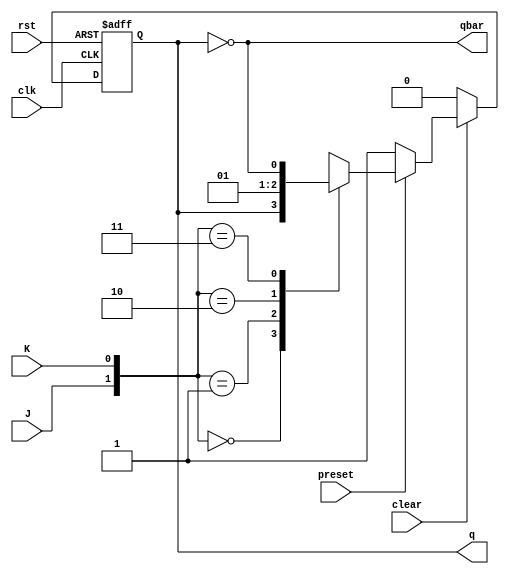
// JK flip flop
module JK_ff(input J,K,rst,clk,preset,clear,
          output reg q,
		  output qbar);
		  
always @(negedge clk or negedge rst) 
 begin
   if(!rst)
       q=1'b0;
	else if(!clear)
	   q=1'b0;
	else if(!preset)
	    q=1'b1;
	else 
	  begin
	  case({J,K})
	  0: q=q;
	  1: q=1'b0;
	  2: q=1'b1;
	  3: q=qbar;
	  endcase
   end
 end
 
    assign qbar=~q;
endmodule